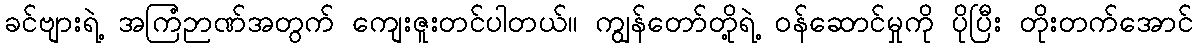
ခင်ဗျားရဲ့ အကြံဉာဏ်အတွက် ကျေးဇူးတင်ပါတယ်။ ကျွန်တော်တို့ရဲ့ ဝန်ဆောင်မှုကို ပိုပြီး တိုးတက်အောင်